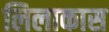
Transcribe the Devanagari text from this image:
लिलाकास